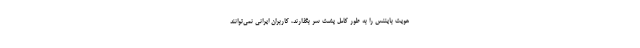
هویت بایننس را به طور کامل پشت سر بگذارند، کاربران ایرانی نمی‌توانند